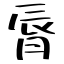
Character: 脣